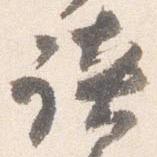
談